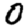
Digit: 0